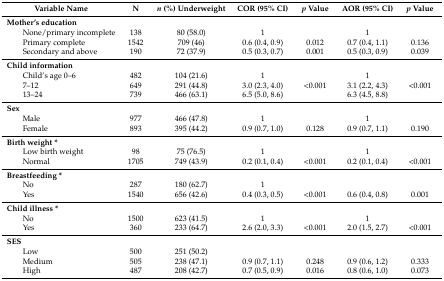
<table><thead><tr><td><b>Variable Name</b></td><td><b>N</b></td><td><b><i>n</i> (%) Underweight</b></td><td><b>COR (95% CI)</b></td><td><b><i>p</i> Value</b></td><td><b>AOR (95% CI)</b></td><td><b><i>p</i> Value</b></td></tr></thead><tbody><tr><td><b>Mother’s education</b></td><td></td><td></td><td></td><td></td><td></td><td></td></tr><tr><td>None/primary incomplete</td><td>138</td><td>80 (58.0)</td><td>1</td><td></td><td>1</td><td></td></tr><tr><td>Primary complete</td><td>1542</td><td>709 (46)</td><td>0.6 (0.4, 0.9)</td><td>0.012</td><td>0.7 (0.4, 1.1)</td><td>0.136</td></tr><tr><td>Secondary and above</td><td>190</td><td>72 (37.9)</td><td>0.5 (0.3, 0.7)</td><td>0.001</td><td>0.5 (0.3, 0.9)</td><td>0.039</td></tr><tr><td><b>Child information</b></td><td></td><td></td><td></td><td></td><td></td><td></td></tr><tr><td>Child’s age 0–6</td><td>482</td><td>104 (21.6)</td><td>1</td><td></td><td>1</td><td></td></tr><tr><td>7–12</td><td>649</td><td>291 (44.8)</td><td>3.0 (2.3, 4.0)</td><td>&lt;0.001</td><td>3.1 (2.2, 4.3)</td><td>&lt;0.001</td></tr><tr><td>13–24</td><td>739</td><td>466 (63.1)</td><td>6.5 (5.0, 8.6)</td><td></td><td>6.3 (4.5, 8.8)</td><td></td></tr><tr><td><b>Sex</b></td><td></td><td></td><td></td><td></td><td></td><td></td></tr><tr><td>Male</td><td>977</td><td>466 (47.8)</td><td>1</td><td></td><td>1</td><td></td></tr><tr><td>Female</td><td>893</td><td>395 (44.2)</td><td>0.9 (0.7, 1.0)</td><td>0.128</td><td>0.9 (0.7, 1.1)</td><td>0.190</td></tr><tr><td><b>Birth weight *</b></td><td></td><td></td><td></td><td></td><td></td><td></td></tr><tr><td>Low birth weight</td><td>98</td><td>75 (76.5)</td><td>1</td><td></td><td>1</td><td></td></tr><tr><td>Normal</td><td>1705</td><td>749 (43.9)</td><td>0.2 (0.1, 0.4)</td><td>&lt;0.001</td><td>0.2 (0.1, 0.4)</td><td>&lt;0.001</td></tr><tr><td><b>Breastfeeding *</b></td><td></td><td></td><td></td><td></td><td></td><td></td></tr><tr><td>No</td><td>287</td><td>180 (62.7)</td><td>1</td><td></td><td></td><td></td></tr><tr><td>Yes</td><td>1540</td><td>656 (42.6)</td><td>0.4 (0.3, 0.5)</td><td>&lt;0.001</td><td>0.6 (0.4, 0.8)</td><td>0.001</td></tr><tr><td><b>Child illness *</b></td><td></td><td></td><td></td><td></td><td></td><td></td></tr><tr><td>No</td><td>1500</td><td>623 (41.5)</td><td>1</td><td></td><td>1</td><td></td></tr><tr><td>Yes</td><td>360</td><td>233 (64.7)</td><td>2.6 (2.0, 3.3)</td><td>&lt;0.001</td><td>2.0 (1.5, 2.7)</td><td>&lt;0.001</td></tr><tr><td><b>SES</b></td><td></td><td></td><td></td><td></td><td></td><td></td></tr><tr><td>Low</td><td>500</td><td>251 (50.2)</td><td></td><td></td><td></td><td></td></tr><tr><td>Medium</td><td>505</td><td>238 (47.1)</td><td>0.9 (0.7, 1.1)</td><td>0.248</td><td>0.9 (0.6, 1.2)</td><td>0.333</td></tr><tr><td>High</td><td>487</td><td>208 (42.7)</td><td>0.7 (0.5, 0.9)</td><td>0.016</td><td>0.8 (0.6, 1.0)</td><td>0.073</td></tr></tbody></table>